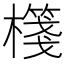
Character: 𣝕